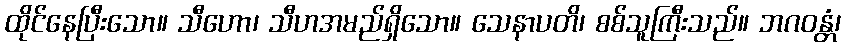
ထိုင်နေပြီးသော။ သီဟော၊ သီဟအမည်ရှိသော။ သေနာပတိ၊ စစ်သူကြီးသည်။ ဘဂဝန္တံ၊